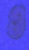
ও